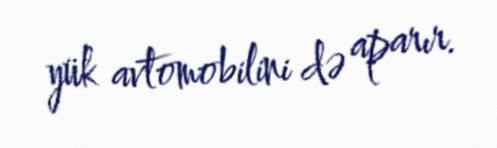
yük avtomobilini də aparır.